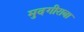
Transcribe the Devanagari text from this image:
मुदगीराबा